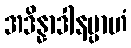
အဒိန္နာဒါနမ္ပာဟံ